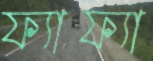
ফ্যাফ্যা